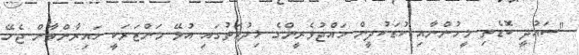
"ސައުދީ ބޮޑެތި މީހުންނާއި ކުޑަކުދީން ހައްޖުވެރީންގެ ޚިދުމަތުގައި އުޅޭ މަންޒަރަކީ ހައިރާންވާން ޖެހޭ